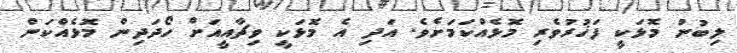
ލިބުނު މޮޅަކީ ފަޚުރުވެރި މޮޅެއްކަމަށެވެ. އަދި އެ މޮޅަކީ ވިޗާއީއަށް ހޯދަދިން މޮޅެއްކަން